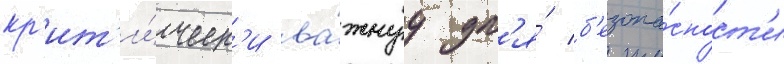
кр'ит'и́ческ'и ва́жнуу дл'я́ б'езопа́сност'и